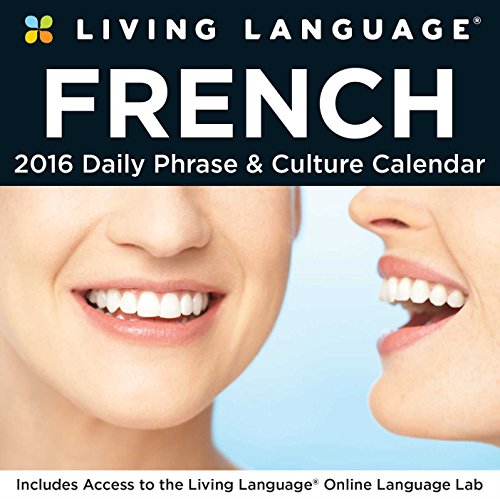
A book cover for Living Language: French 2016 Day-to-Day Calendar; Random House Direct; Calendars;